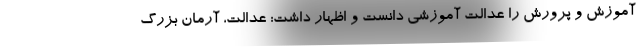
آموزش و پرورش را عدالت آموزشی دانست و اظهار داشت:‌ عدالت، آرمان بزرگ